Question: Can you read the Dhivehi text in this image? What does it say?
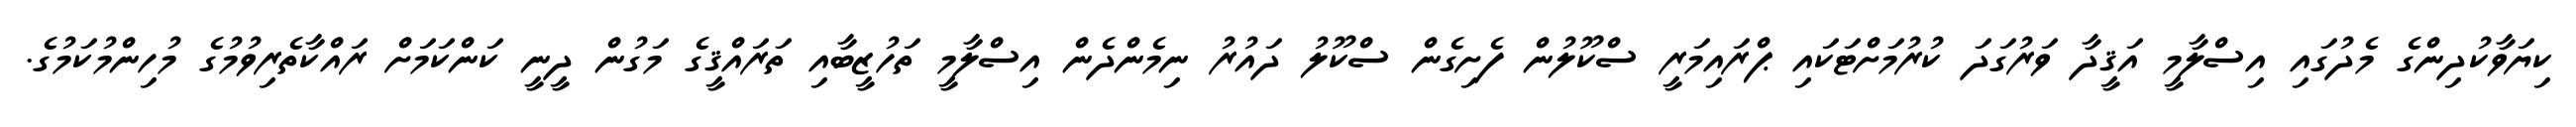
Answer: ކިޔަވާކުދިންގެ މެދުގައި އިސްލާމީ އަޤީދާ ވަރުގަދަ ކުރުމަށްޓަކައި ޕްރައިމަރީ ސްކޫލުން ފެށިގެން ސްކޫލު ދައުރު ނިމެންދެން އިސްލާމީ ތަހުޒީބާއި ތަރައްޤީގެ މަގުން ދީނީ ކަންކަމަށް ރައްކާތެރިވުމުގެ މުހިންމުކަމުގެ.